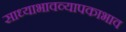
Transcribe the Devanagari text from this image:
साध्याभावव्यापकाभाव